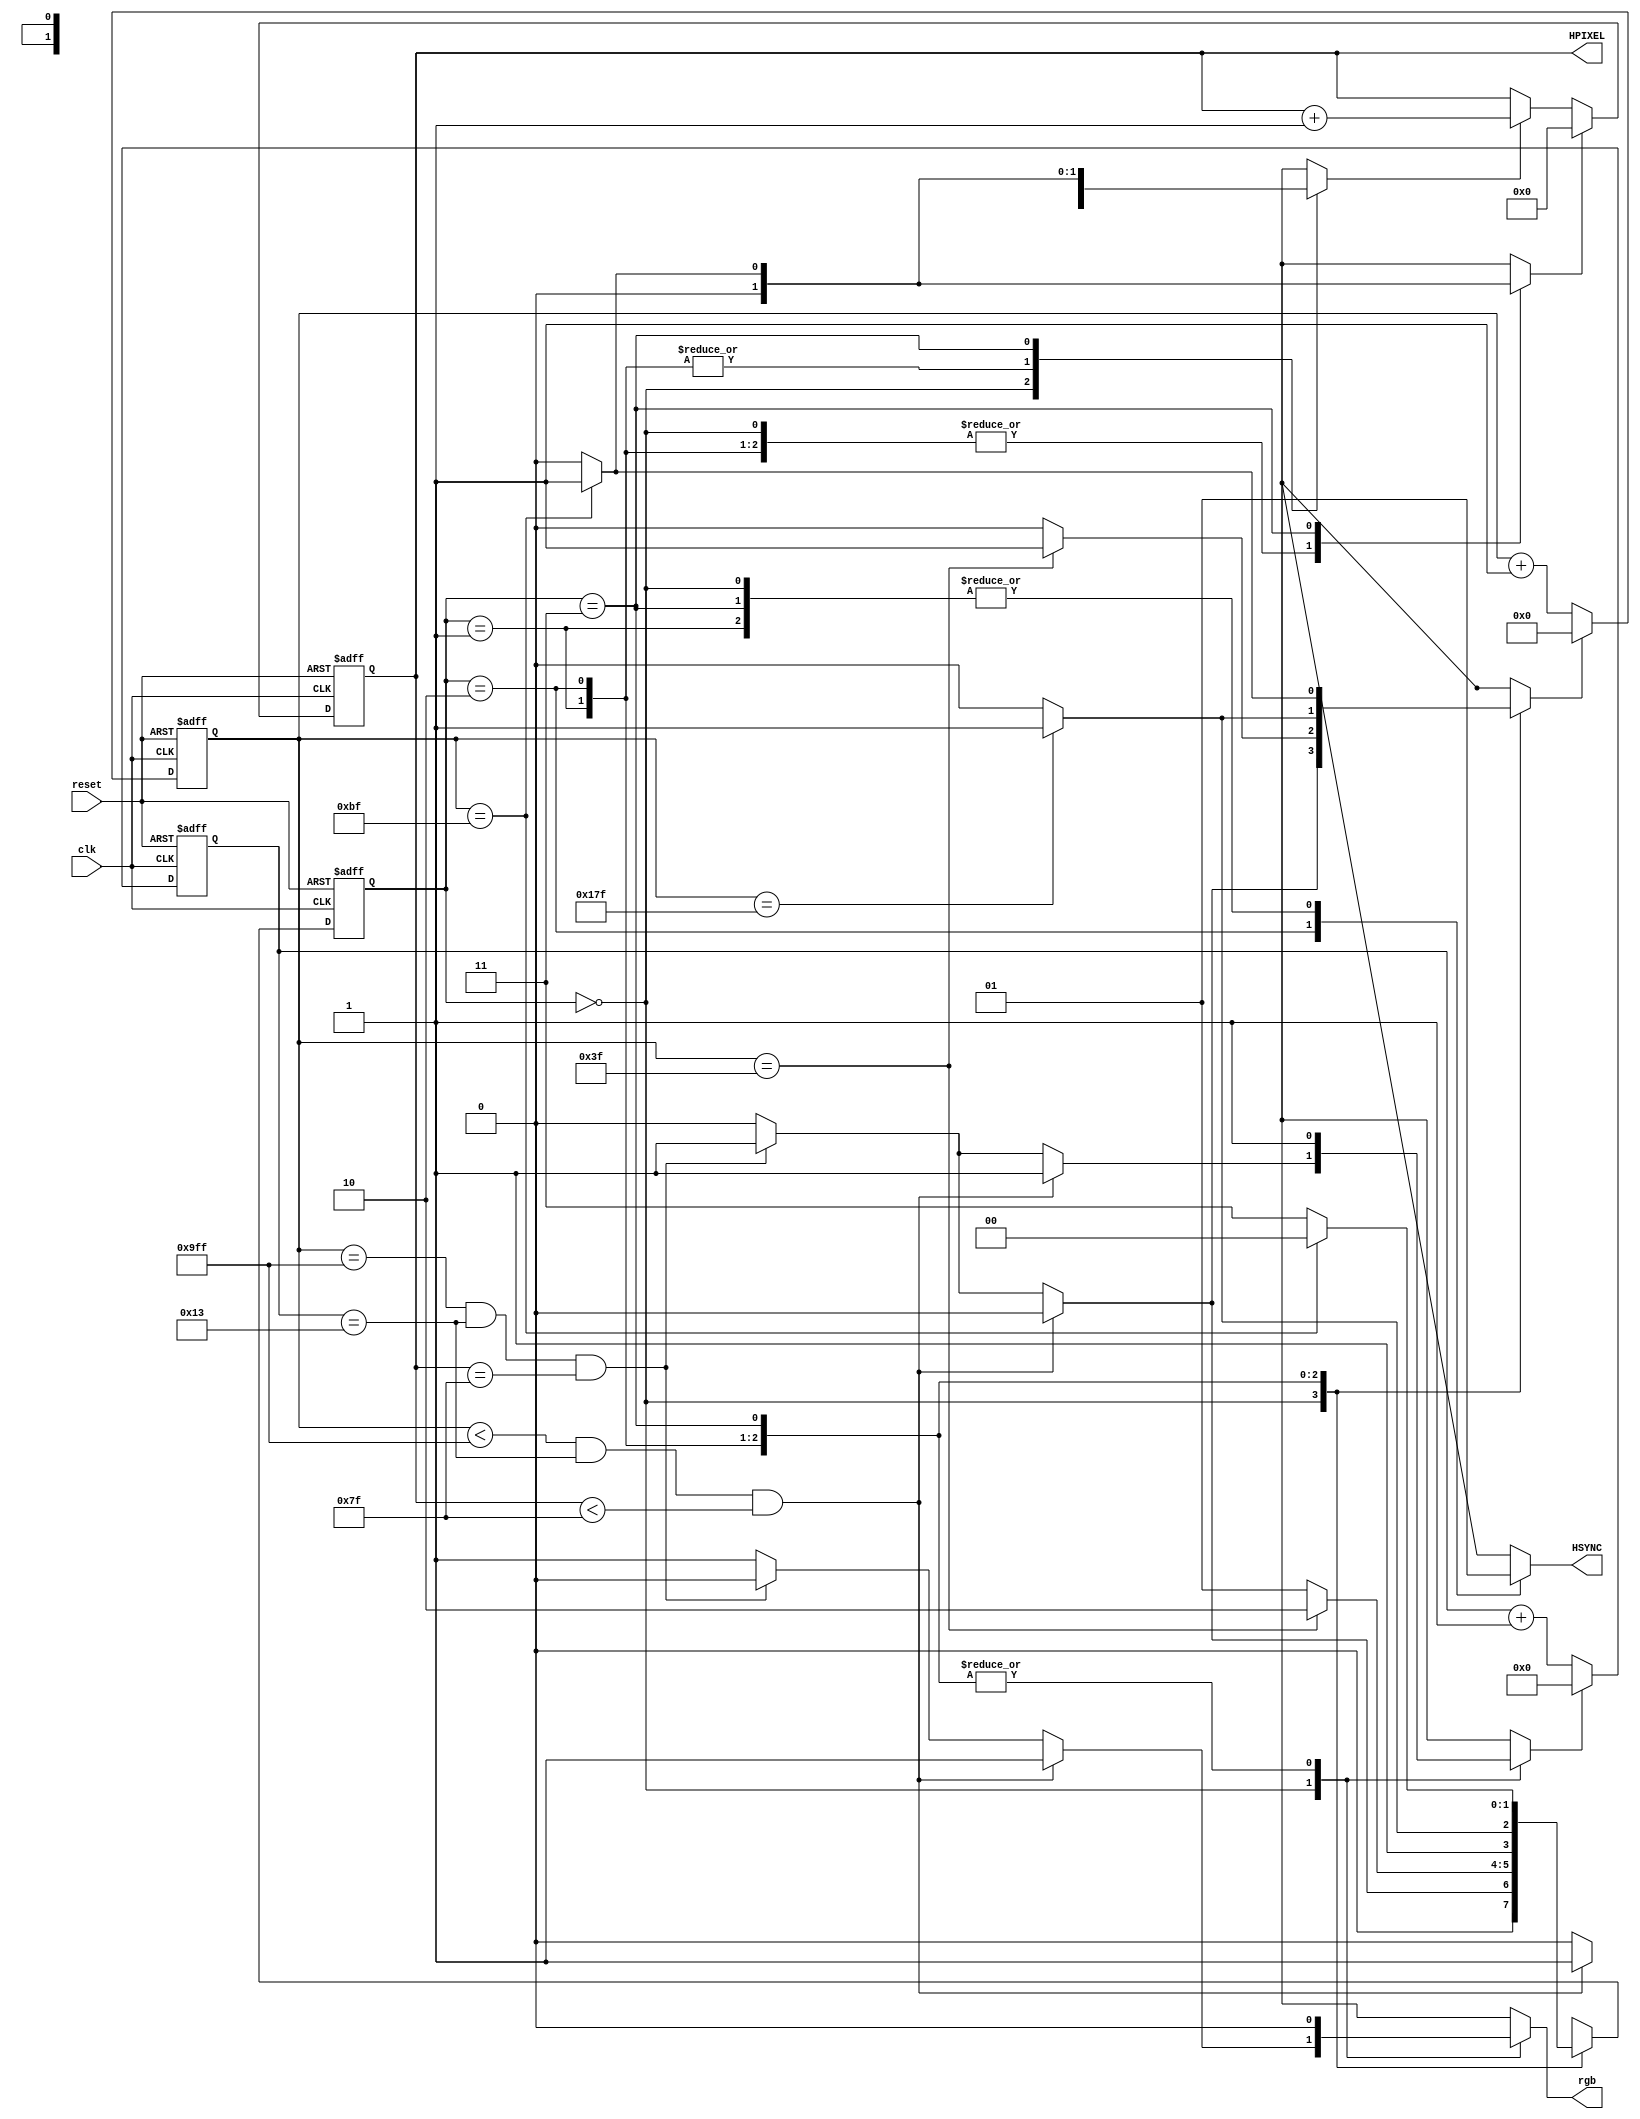
module horizontal_vga(clk, reset, HPIXEL, HSYNC, rgb);
input clk, reset;
output reg [6:0] HPIXEL = 7'b000_0000;//metraei tis stiles tis BRAM mexri 256-1 =255
output reg HSYNC;
output reg rgb;

reg [1:0] CurrentState = 2'b00;
reg [1:0] NextState = 2'b00;
reg [11:0] cycles_counter = 12'b0000_0000_0000;
reg rst_counter = 1'b0;
reg rst_5times_counter = 1'b0;
reg next_pixel = 1'b0;
reg rst_HPIXEL = 1'b1;
reg [7:0] five_times_counter = 8'b00000000;

parameter display_time_state = 2'b00;
parameter front_porch_state = 2'b01;
parameter hsync_pulse_state = 2'b10;
parameter back_porch_state = 2'b11;

//counter pou metraei kyklous rologiou
always@(posedge clk or posedge reset)
begin
    if(reset == 1'b1)
    begin
        cycles_counter <= 12'b0000_0000_0000;   
    end
    else
    begin
        if(rst_counter == 1'b1)
        begin
            cycles_counter <= 12'b0000_0000_0000;
        end
        else
        begin
            cycles_counter <= cycles_counter + 12'b0000_0000_0001;
        end 
    end
end

//counter pou metraei oti to pixel stalthike 5 fores
//max=5*4=20 
always@(posedge clk or posedge reset)
begin
    if(reset == 1'b1)
    begin
        five_times_counter <= 8'b0000_0000;
    end
    else
    begin
        if(rst_5times_counter == 1'b1)
        begin
            five_times_counter <= 8'b0000_0000; 
        end
        else
        begin
            five_times_counter <= five_times_counter + 8'b0000_0001;   
        end
    end 
end

//ylopoiisi hpixel counter
always@(posedge clk or posedge reset)
begin
    if(reset == 1'b1)
    begin
        HPIXEL = 7'b000_0000;
    end
    else
    begin
        if(rst_HPIXEL == 1'b1)
        begin
            HPIXEL = 7'b000_0000;
        end
        else if(next_pixel == 1'b1)
        begin
            HPIXEL = HPIXEL + 7'b000_0001;
        end
    end
end

//sequential fsm - allagi katastasis sthn FSM - ylopoiisi fsm gia anaparastasi twn pixel orizontiws
always@(posedge clk or posedge reset)
begin
    if(reset == 1'b1)
    begin
        CurrentState <= display_time_state;
        
    end
    else
    begin
        CurrentState <= NextState;
    end
end

//combinational fsm
always@(CurrentState or cycles_counter or five_times_counter or HPIXEL)
begin
    case(CurrentState)
      display_time_state://katastasi energis othonis
       begin
            rgb = 1'b1;
            rst_HPIXEL = 1'b0;
            HSYNC = 1'b1;
            rst_counter = 1'b0;
            if(cycles_counter < 12'b1001_1111_1111 && five_times_counter == 8'b0001_0011 && HPIXEL<7'b111_1111)//five_times = 19, HPIXEL == 127
            begin
                next_pixel = 1'b1;
                rst_5times_counter = 1'b1;
                NextState = display_time_state;
            end
        
            else if(cycles_counter == 12'b1001_1111_1111 && five_times_counter == 8'b0001_0011 && HPIXEL == 7'b111_1111)//HPIXEL == 127
            begin
                NextState = front_porch_state;
                rst_5times_counter = 1'b1;
                rst_counter = 1'b1;
                next_pixel = 1'b0;
                rgb = 1'b0;
            end
            else
            begin
                next_pixel = 1'b0;
                rst_5times_counter = 1'b0;
                NextState = display_time_state;
            end
        end
        
        front_porch_state://katastasi anenergis othonis
        begin
            rgb = 1'b0;
            rst_HPIXEL = 1'b0;
            next_pixel = 1'b0;
            rst_counter = 1'b0;
            rst_5times_counter = 1'b1;
            HSYNC = 1'b1;
            if(cycles_counter == 12'b0000_0011_1111)//64-1=63
            begin
                NextState = hsync_pulse_state;
                rst_counter = 1'b1;
            end
            else
            begin
                NextState = front_porch_state;
            end
        end
        
        hsync_pulse_state://katastasi anenergis othonis
        begin
            rgb = 1'b0;
            rst_HPIXEL = 1'b0;
            next_pixel = 1'b0;
            rst_counter = 1'b0;
            rst_5times_counter = 1'b1;
            HSYNC = 1'b0;
            if(cycles_counter == 12'b0001_0111_1111)//384-1=383
            begin
                NextState = back_porch_state;
                rst_counter = 1'b1;
            end
            else
            begin
                NextState = hsync_pulse_state;
            end
        end

        back_porch_state://katastasi anenergis othonis
        begin
            rgb = 1'b0;
            next_pixel = 1'b0;
            rst_5times_counter = 1'b1;
            rst_counter = 1'b0;
            HSYNC = 1'b1;
            rst_HPIXEL = 1'b0;
            if(cycles_counter == 12'b0000_1011_1111)//192-1=191
            begin
                NextState = display_time_state;
                rst_counter = 1'b1;
                next_pixel = 1'b1;
                rst_HPIXEL = 1'b1;
            end
            else
            begin
                NextState = back_porch_state;
            end
        end
    endcase
end
endmodule